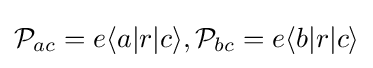
{\mathcal {P}}_{ac}=e\langle a|r|c\rangle ,{\mathcal {P}}_{bc}=e\langle b|r|c\rangle